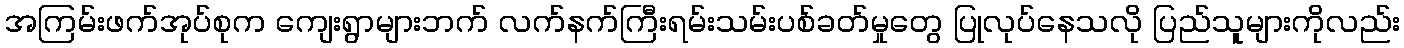
အကြမ်းဖက်အုပ်စုက ကျေးရွာများဘက် လက်နက်ကြီးရမ်းသမ်းပစ်ခတ်မှုတွေ ပြုလုပ်နေသလို ပြည်သူများကိုလည်း